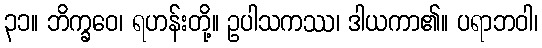
၃၁။ ဘိက္ခဝေ၊ ရဟန်းတို့။ ဥပါသကဿ၊ ဒါယကာ၏။ ပရာဘဝါ၊